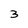
Character: 3